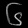
Digit: ၆